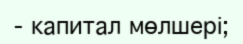
- капитал мөлшері;